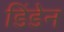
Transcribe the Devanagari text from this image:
डिंडेन